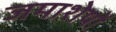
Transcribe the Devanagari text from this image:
जमाशेषों